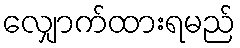
လျှောက်ထားရမည်